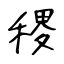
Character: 稷